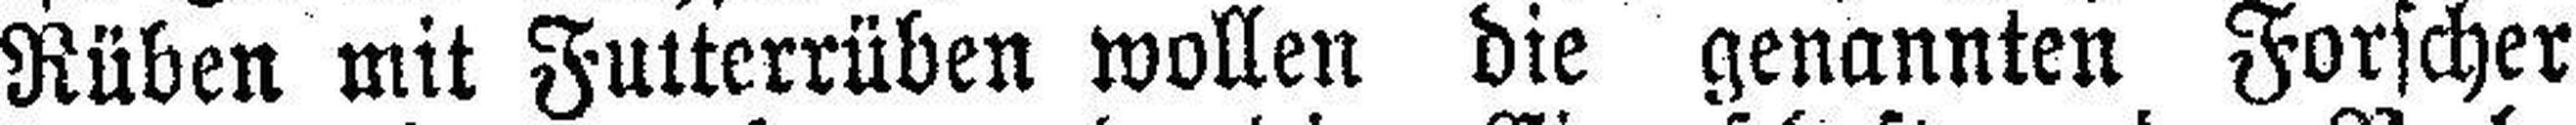
Rüben mit Futterrüben wollen die genannten Forscher